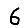
Digit: 6